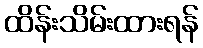
ထိန်းသိမ်းထားရန်